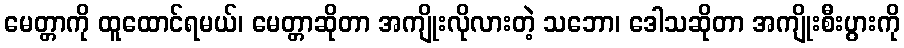
မေတ္တာကို ထူထောင်ရမယ်၊ မေတ္တာဆိုတာ အကျိုးလိုလားတဲ့ သဘော၊ ဒေါသဆိုတာ အကျိုးစီးပွားကို